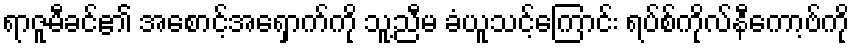
ရာဇူမီခင်၏ အစောင့်အရှောက်ကို သူ့ညီမ ခံယူသင့်ကြောင်း ရပ်စ်ကိုလ်နီကော့ဗ်ကို